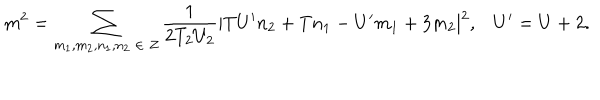
LaTeX: m ^ { 2 } = \sum _ { m _ { 1 } , m _ { 2 } , n _ { 1 } , n _ { 2 } \; \in \; Z } \frac { 1 } { 2 T _ { 2 } U _ { 2 } } | T U ^ { \prime } n _ { 2 } + T n _ { 1 } - U ^ { \prime } m _ { 1 } + 3 m _ { 2 } | ^ { 2 } , U ^ { \prime } = U + 2 .